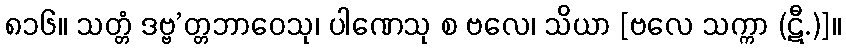
၈၁၆။ သတ္တံ ဒဗ္ဗ’တ္တဘာဝေသု၊ ပါဏေသု စ ဗလေ၊ သိယာ [ဗလေ သက္ကာ (ဋီ.)]။